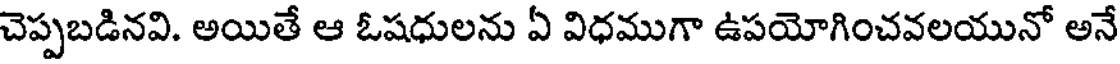
చెప్పబడినవి. అయితే ఆ ఓషధులను ఏ విధముగా ఉపయోగించవలయునో అనే